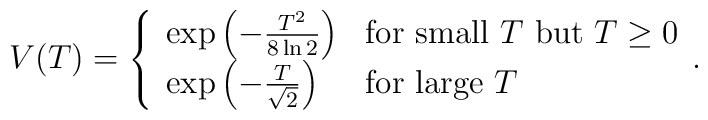
V(T)=\left\{\begin{array}{ll}\exp\left(-\frac{T^{2}}{8\ln 2}\right) & \mbox{for small $T$ but $T\ge 0$} \\\exp\left(-\frac{T}{\sqrt{2}}\right) & \mbox{for large $T$}\end{array}.\right.